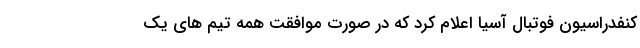
کنفدراسیون فوتبال آسیا اعلام کرد که در صورت موافقت همه تیم های یک